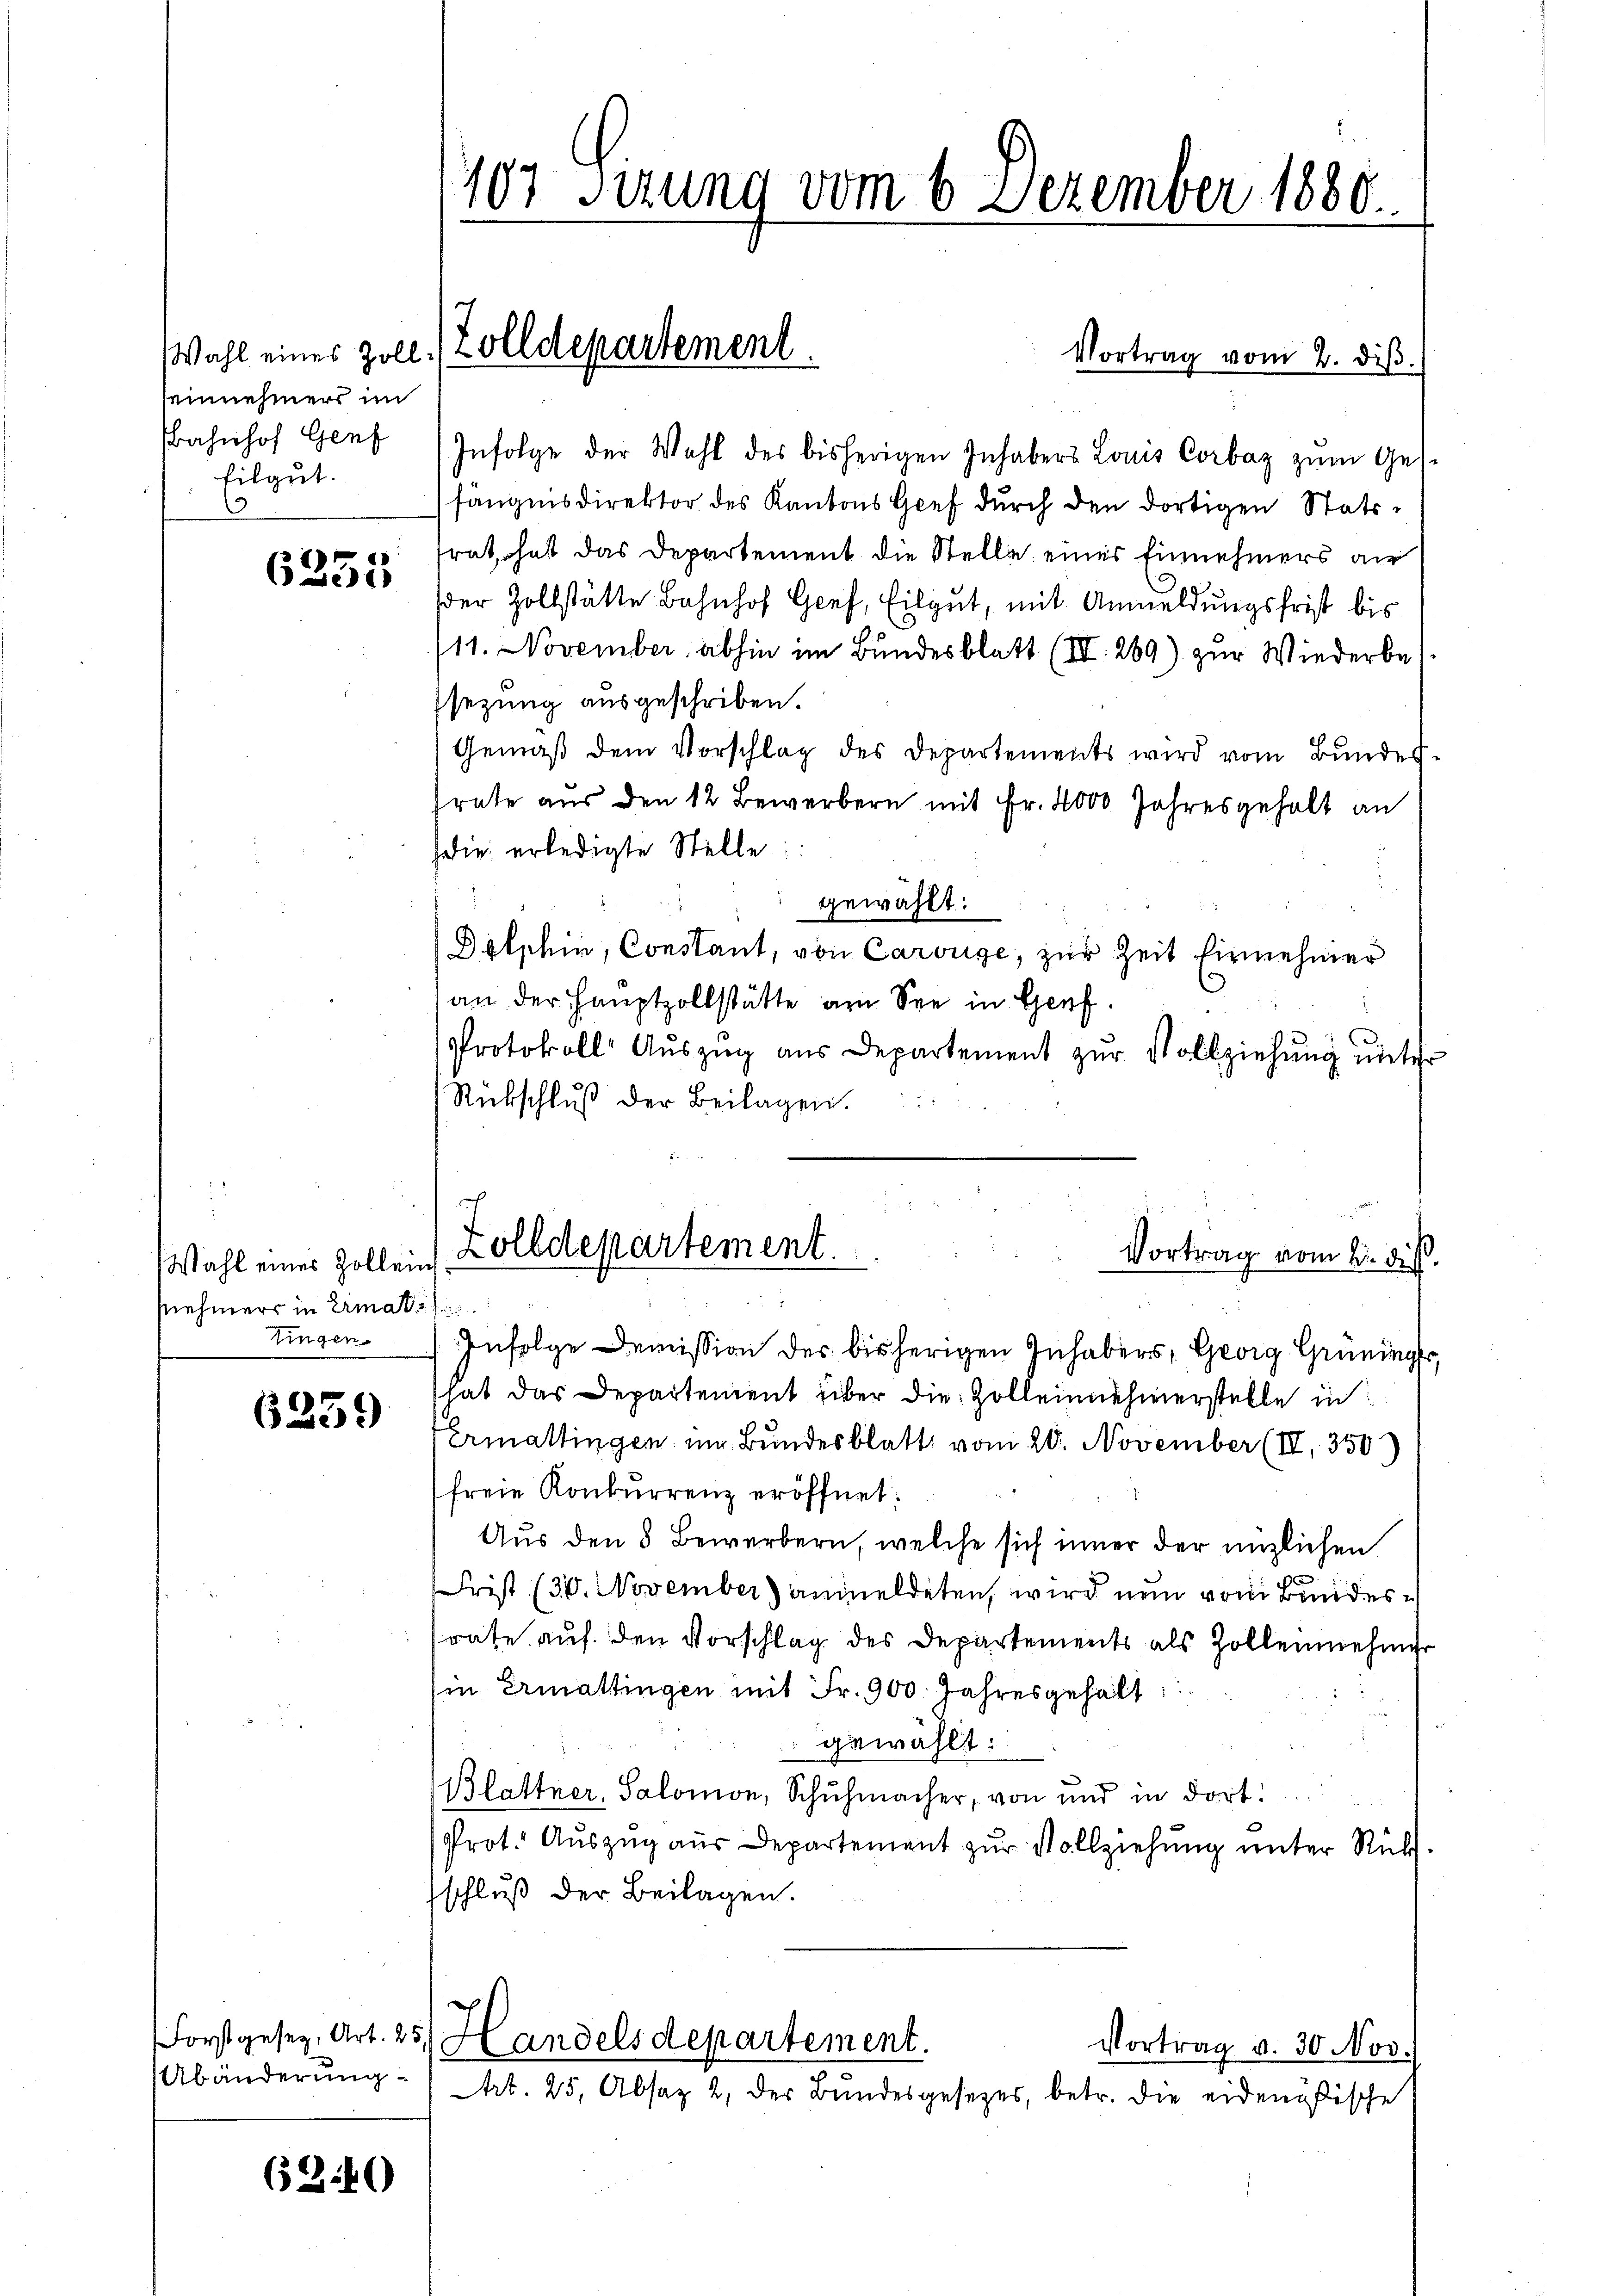
Wahl eines Zollseinnehmers im
Eilgut.

6255

Wahl eines Zollen
snehmers in Erma
tingen.

6259

Forstgeseg, Art. 25.
Abänderung:

62.46)

107 Sizung vom 6. Dezember 1880.

Vortrag vom 2. diβ.
Bahnhof Genf) Infolge der Wahl des bisherigen Inhabers Louis Corbas zŭm Ges-
fängnisdirektor des Kantons Gref durch den dortigen Stattfrat hat das Departement die Stelle eines Einnehmers au
der Zollstätte Bahnhof Genf, Eilgut, mit Anmeldungsfrist bis
11. November abhin im Bundesblatt (III. 269) zur Wiederbesezung ausgeschriben.
Gemäß dem Vorschlag des Departements wird vom Bundes-
rate aus den 12 Bewerbern mit Fr. 4000 Jahresgehalt an
die erledigte Stelle:
gewählt:
Delphin, Constant, von Carouge, zur Zeit Einnehmer
an der Hauptzollstätte am See in Genf.
Protokoll Aŭszŭg aŭs Departement zŭr Vollziehŭng ŭnter
Rückschluß der Beilagen.

Zolldepartement.
Vortrag vom 2. dieß.
Infolge Demission des bisherigen Inhabers, Georg Grüninger
hat das Departement über die Zolleinnehmerstelle in
Ermattingen um Bundesblatt vom 20. November (II. 350)
freie Konkurrenz eröffnet:
Aus den 8 Bewerbern, welche sich inner der nüzlichen
Frist (30. November) anmeldeten, wird nun vom Bundesrate auf den Vorschlag des Departements als Zolleinehmer
in Ermattingen mit Fr. 900. Jahresgehalt:
gewählt:
Blattner, Salomon, Schuhmacher, von und in dort
Prot. Auszug aus Departement zur Vollziehung unter Rück-
schluß der Beilagen.
¬
Handelsdepartement.
Vortrag v. 30 Nov.
Art. 25, Absaz 2, der Bundesgesetzes, betr. die eidenößische

Zolldepartement.